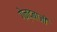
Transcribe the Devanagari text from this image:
गेन्दबाजी